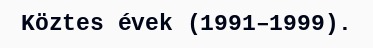
Köztes évek (1991–1999).